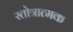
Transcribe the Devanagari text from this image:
स्तोत्रात्मक